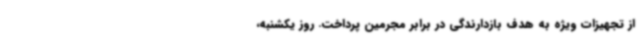
از تجهیزات ویژه به هدف بازدارندگی در برابر مجرمین پرداخت. روز یکشنبه،